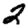
Digit: 2